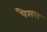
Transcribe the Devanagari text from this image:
पैसल